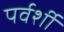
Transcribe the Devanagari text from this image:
पर्वर्शी